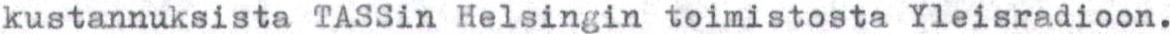
kustannuksista TASSin Helsingin toimistosta Yleisradioon.